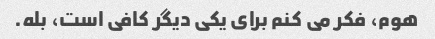
هوم، فکر می کنم برای یکی دیگر کافی است، بله.